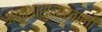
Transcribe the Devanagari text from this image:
अनुशासनाखाली